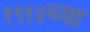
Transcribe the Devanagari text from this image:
१९१३च्या